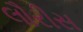
લૌરીસ